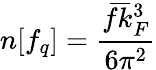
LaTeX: n[f_{q}]=\frac{\bar{f}\bar{k}_{F}^{3}}{6\pi^{2}}